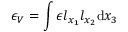
\epsilon _ { V } = \int { \epsilon l _ { x _ { 1 } } l _ { x _ { 2 } } \mathrm { d } x _ { 3 } }